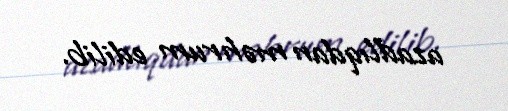
azadlıqdan məhrum edilib.